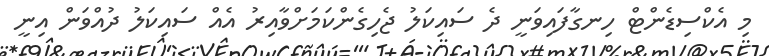
މި އެކްސިޑެންޓް ހިނގާފައިވަނީ ދެ ސައިކަލު ޖެހިގެންކަމަށްވާއިރު އެއް ސައިކަލު ދުއްވަން އިނީ